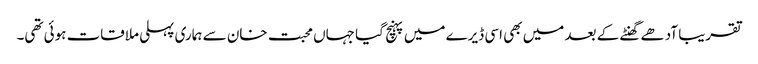
تقریبا آدھے گھنٹے کے بعد میں بھی اسی ڈیرے میں پہنچ گیا جہاں محبت خان سے ہماری پہلی ملاقات ہوئی تھی۔